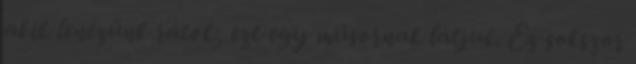
akik lenézünk rátok, ezt egy műsornak látjuk. Ez sokszor